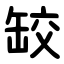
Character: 䍊